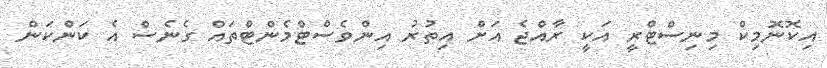
އިކޮނޮމިކް މިނިސްޓްރީ އަކީ ރާއްޖެ އަށް އިތުރު އިންވެސްޓްމެންޓްތައް ގެނެސް އެ ކަންކަން